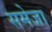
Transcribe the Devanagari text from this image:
समेजा